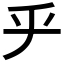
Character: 𠂟